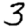
Digit: 3